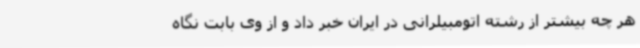
هر چه بیشتر از رشته اتومبیلرانی در ایران خبر داد و از وی بابت نگاه